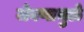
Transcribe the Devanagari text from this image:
जेवणामुळे